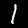
Digit: 1